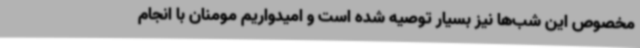
مخصوص این شب‌ها نیز بسیار توصیه شده است و امیدواریم مومنان با انجام